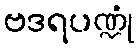
ဗဒရပဏ္ဍုံ